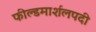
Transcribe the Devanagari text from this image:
फील्डमार्शलपदी